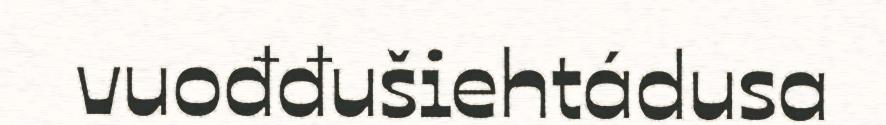
vuođđušiehtádusa